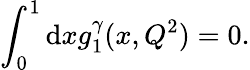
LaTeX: \int_{0}^{1}\mathrm{d}xg_{1}^{\gamma}(x,Q^{2})=0.